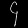
Digit: ၄